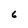
Character: 6